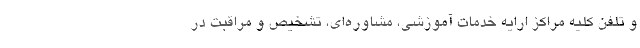
و تلفن کلیه مراکز ارایه خدمات آموزشی، مشاوره‌ای، تشخیص و مراقبت در